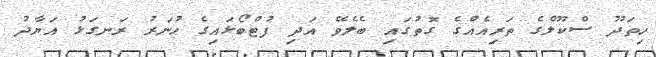
ހިތަދޫ ސްކޫލްގެ ތަރިއެއްގެ ގޮތުގައި ބެލެވޭ އަދި ފުޓްބޯޅައިގެ ހުނަރު ރަނގަޅު އަޔާދު